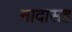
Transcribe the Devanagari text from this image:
नादासह